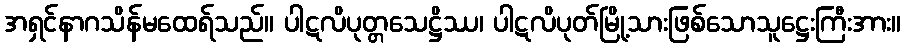
အရှင်နာဂသိန်မထေရ်သည်။ ပါဋလိပုတ္တသေဋ္ဌိဿ၊ ပါဋလိပုတ်မြို့သားဖြစ်သောသူဋ္ဌေးကြီးအား။